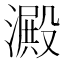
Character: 澱